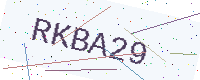
Text: RKBA29